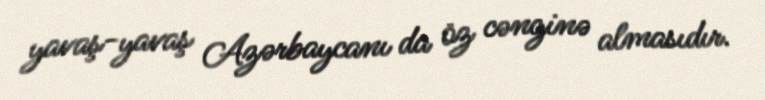
yavaş-yavaş Azərbaycanı da öz cənginə almasıdır.